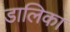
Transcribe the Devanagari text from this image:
डालिका